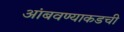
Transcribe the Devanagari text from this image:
आंबवण्याकडची